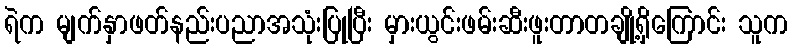
ရဲက မျက်နှာဖတ်နည်းပညာအသုံးပြုပြီး မှားယွင်းဖမ်းဆီးဖူးတာတချို့ရှိကြောင်း သူက